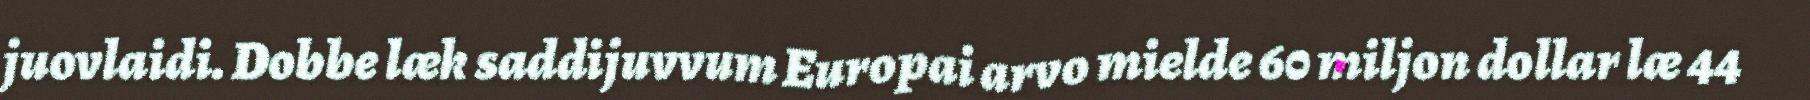
juovlaidi. Dobbe læk saddijuvvum Europai arvo mielde 60 miljon dollar læ 44